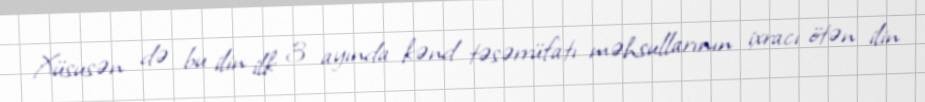
Xüsusən də bu ilin ilk 3 ayında kənd təsərrüfatı məhsullarının ixracı ötən ilin